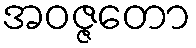
အဝဇ္ဇတော